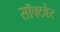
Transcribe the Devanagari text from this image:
सॉफ्‍टवेर